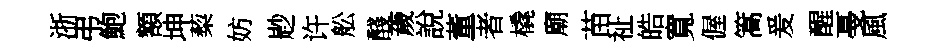
浙弔鮑額坤蔾妨尟许舩醆薉說董者橇廟苗祉皓寬偓篙爰醒戞風